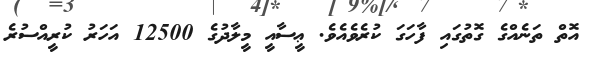
އޮތް ތަނެއްގެ ގޮތުގައި ފާހަގަ ކުރެވެއެވެ. ޢީސާއީ މީލާދުގެ 12500 އަހަރު ކުރީއްސުރެ